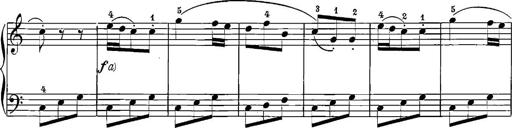
Title: 12 Sonatinas
Composer: Ignaz Pleyel